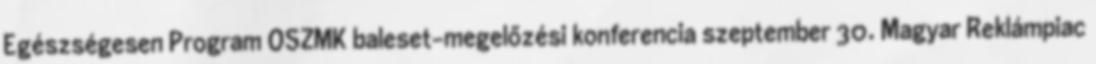
Egészségesen Program OSZMK baleset-megelőzési konferencia szeptember 30. Magyar Reklámpiac